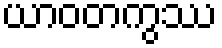
ယာဝတကွဿ